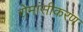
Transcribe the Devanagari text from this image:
रोमांसीकरण